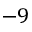
- 9